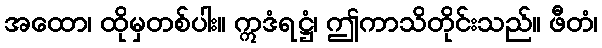
အထော၊ ထိုမှတစ်ပါး။ ဣဒံရဋ္ဌံ၊ ဤကာသိတိုင်းသည်။ ဖီတံ၊